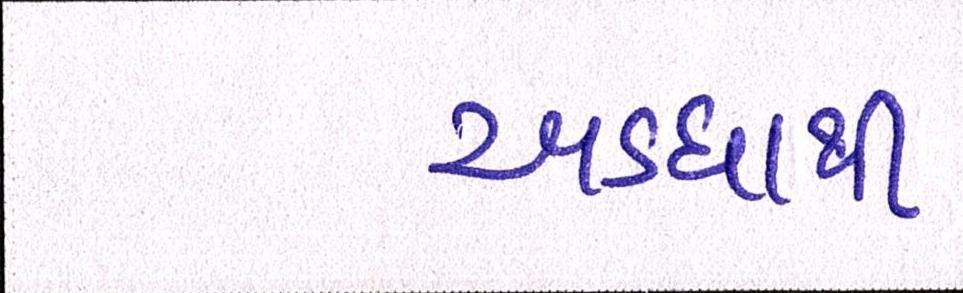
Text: અડધાથી